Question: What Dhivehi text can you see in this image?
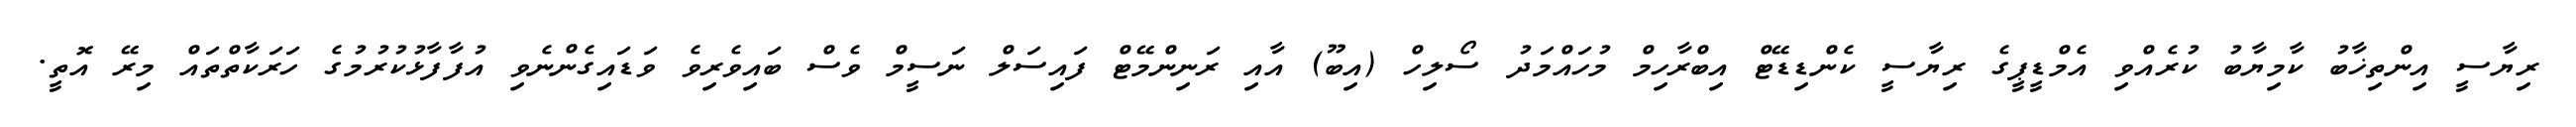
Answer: ރިޔާސީ އިންތިޚާބު ކާމިޔާބު ކުރެއްވި އެމްޑީޕީގެ ރިޔާސީ ކެންޑިޑޭޓް އިބްރާހިމް މުހައްމަދު ސޯލިހް (އިބޫ) އާއި ރަނިންމޭޓް ފައިސަލް ނަސީމް ވެސް ބައިވެރިވެ ވަޑައިގެންނެވި އުފާފާޅުކުރުމުގެ ހަރަކާތްތައް މިރޭ އޮތީ.